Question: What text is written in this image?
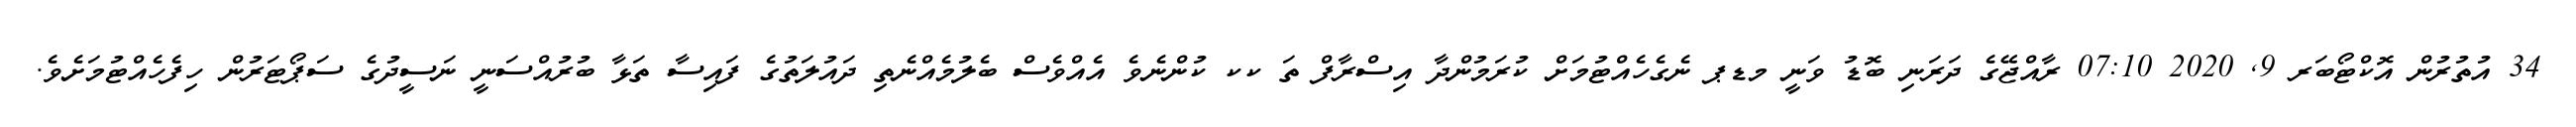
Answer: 34 އުތުރުން އޮކްޓޯބަރ 9, 2020 07:10 ރާއްޖޭގެ ދަރަނި ބޮޑު ވަނީ މޑޕ ނެގެހެއްޓުމަށް ކުރަމުންދާ އިސްރާފް ތަ ކކ ކުންނެވެ އެއްވެސް ބެލުމެއްނެތި ދައުލަތުގެ ފައިސާ ތަޅާ ބުރުއްސަނީ ނަސީދުގެ ސަޕޯޓަރުން ހިފެހެއްޓުމަށެވެ.